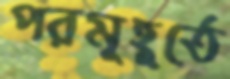
পরমূহূর্তে